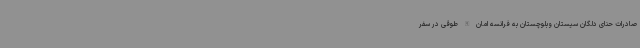
صادرات حنای دلگان سیستان وبلوچستان به فرانسه امان الله طوقی در سفر